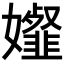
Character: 𡤋